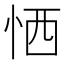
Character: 恓